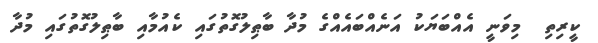
ކީރިތި  މިވަނީ އެއްބަޔަކު އަނެއްބައެއްގެ މުދާ ބާޠިލުގޮތުގައި ކެއުމާއި ބާޠިލުގޮތުގައި މުދާ